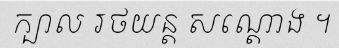
ក្បាល រថយន្ត សណ្តោង ។